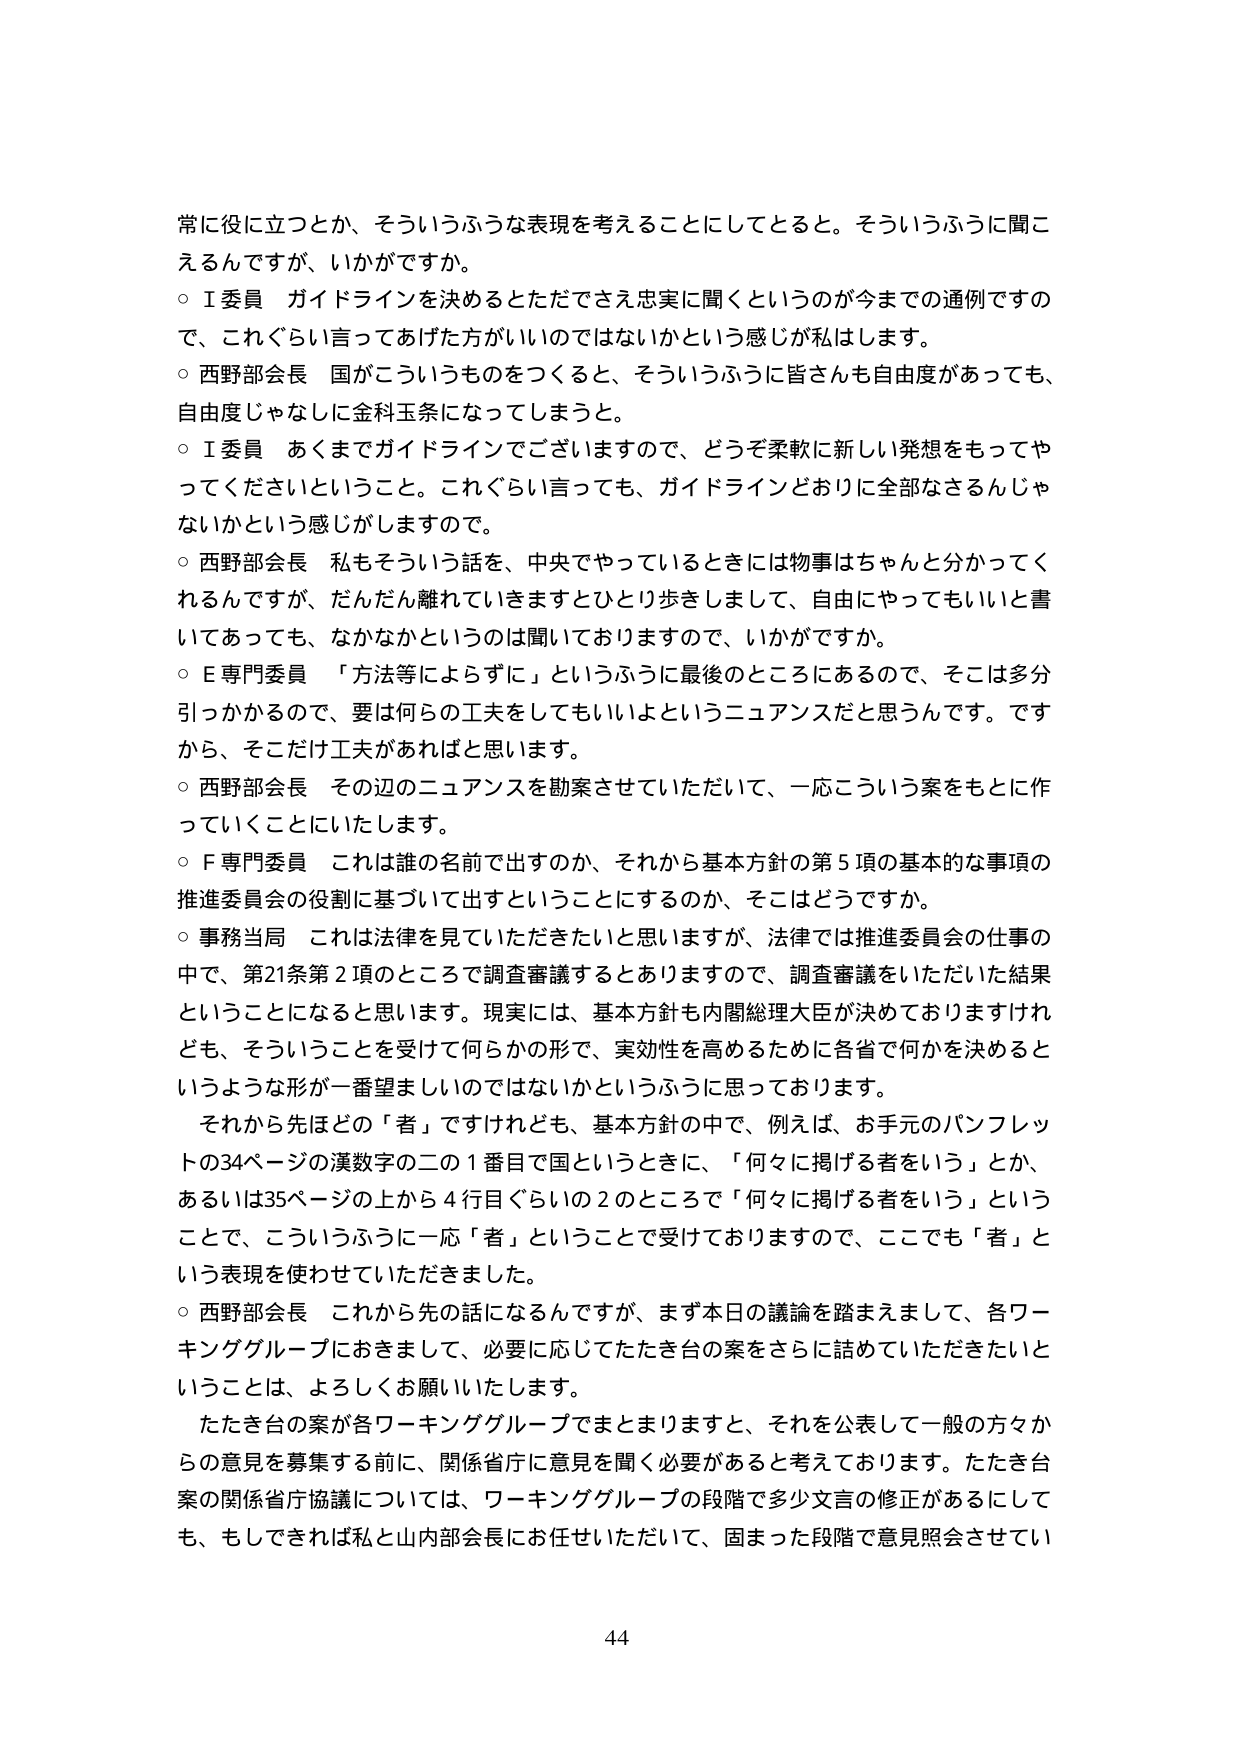
常に役に立つとか、そういうふうな表現を考えることにしてとると。そういうふうに聞こえるんですが、いかがですか。
○ I委員 ガイドラインを決めるとただでさえ忠実に聞くというのが今までの通例ですので、これぐらい言ってあげた方がいいのではないかという感じが私はします。
○ 西野部会長 国がこういうものを作ると、そういうふうに皆さんも自由度があっても、自由度じゃなしに金科玉条になってしまうと。
○ I委員 あくまでガイドラインでございますので、どうぞ柔軟に新しい発想をもってやってくださいということ。これぐらい言っても、ガイドラインどおりに全部なさるんじゃないかという感じがしますので。
○ 西野部会長 私もそういう話を、中央でやっているときには物事はちゃんと分かってくれるんですが、だんだん離れていきますとひとり歩きしまして、自由にやってもいいと書いてあっても、なかなかというのは聞いておりますので、いかがですか。
○ E専門委員 「方法等によらずに」というふうに最後のところにあるので、そこは多分引っかかるので、要は何らの工夫をしてもいいよというニュアンスだと思うんです。ですから、そこだけ工夫があればと思います。
○ 西野部会長 その辺のニュアンスを勘案させていただいて、一応こういう案をもとに作っていくことにいたします。
○ F専門委員 これは誰の名前で出すのか、それから基本方針の第5項の基本的な事項の推進委員会の役割に基づいて出すということにするのか、そこはどうですか。
○ 事務当局 これは法律を見ていただきたいと思いますが、法律では推進委員会の仕事の中で、第21条第2項のところで調査審議するとありますので、調査審議をいただいた結果ということになると思います。現実には、基本方針も内閣総理大臣が決めておりますけれども、そういうことを受けて何らかの形で、実効性を高めるために各省で何かを決めるというような形が一番望ましいのではないかというふうに思っております。
それから先ほどの「者」ですけれども、基本方針の中で、例えば、お手元のパンフレットの34ページの漢数字の二の1番目で国というときに、「何々に掲げる者をいう」とか、あるいは35ページの上から4行目ぐらいの2のところで「何々に掲げる者をいう」ということで、こういうふうに一応「者」ということで受けておりますので、ここでも「者」という表現を使わせていただきました。
○ 西野部会長 これから先の話になるんですが、まず本日の議論を踏まえまして、各ワーキンググループにおきまして、必要に応じてたたき台の案をさらに詰めていただきたいということは、よろしくお願いいたします。
たたき台の案が各ワーキンググループでまとまりますと、それを公表して一般の方々からの意見を募集する前に、関係省庁に意見を聞く必要があると考えております。たたき台案の関係省庁協議については、ワーキンググループの段階で多少文言の修正があるにしても、もしだければ私と山内部会長にお任せいただいて、固まった段階で意見照会させてい

44